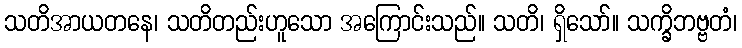
သတိအာယတနေ၊ သတိတည်းဟူသော အကြောင်းသည်။ သတိ၊ ရှိသော်။ သက္ခိဘဗ္ဗတံ၊